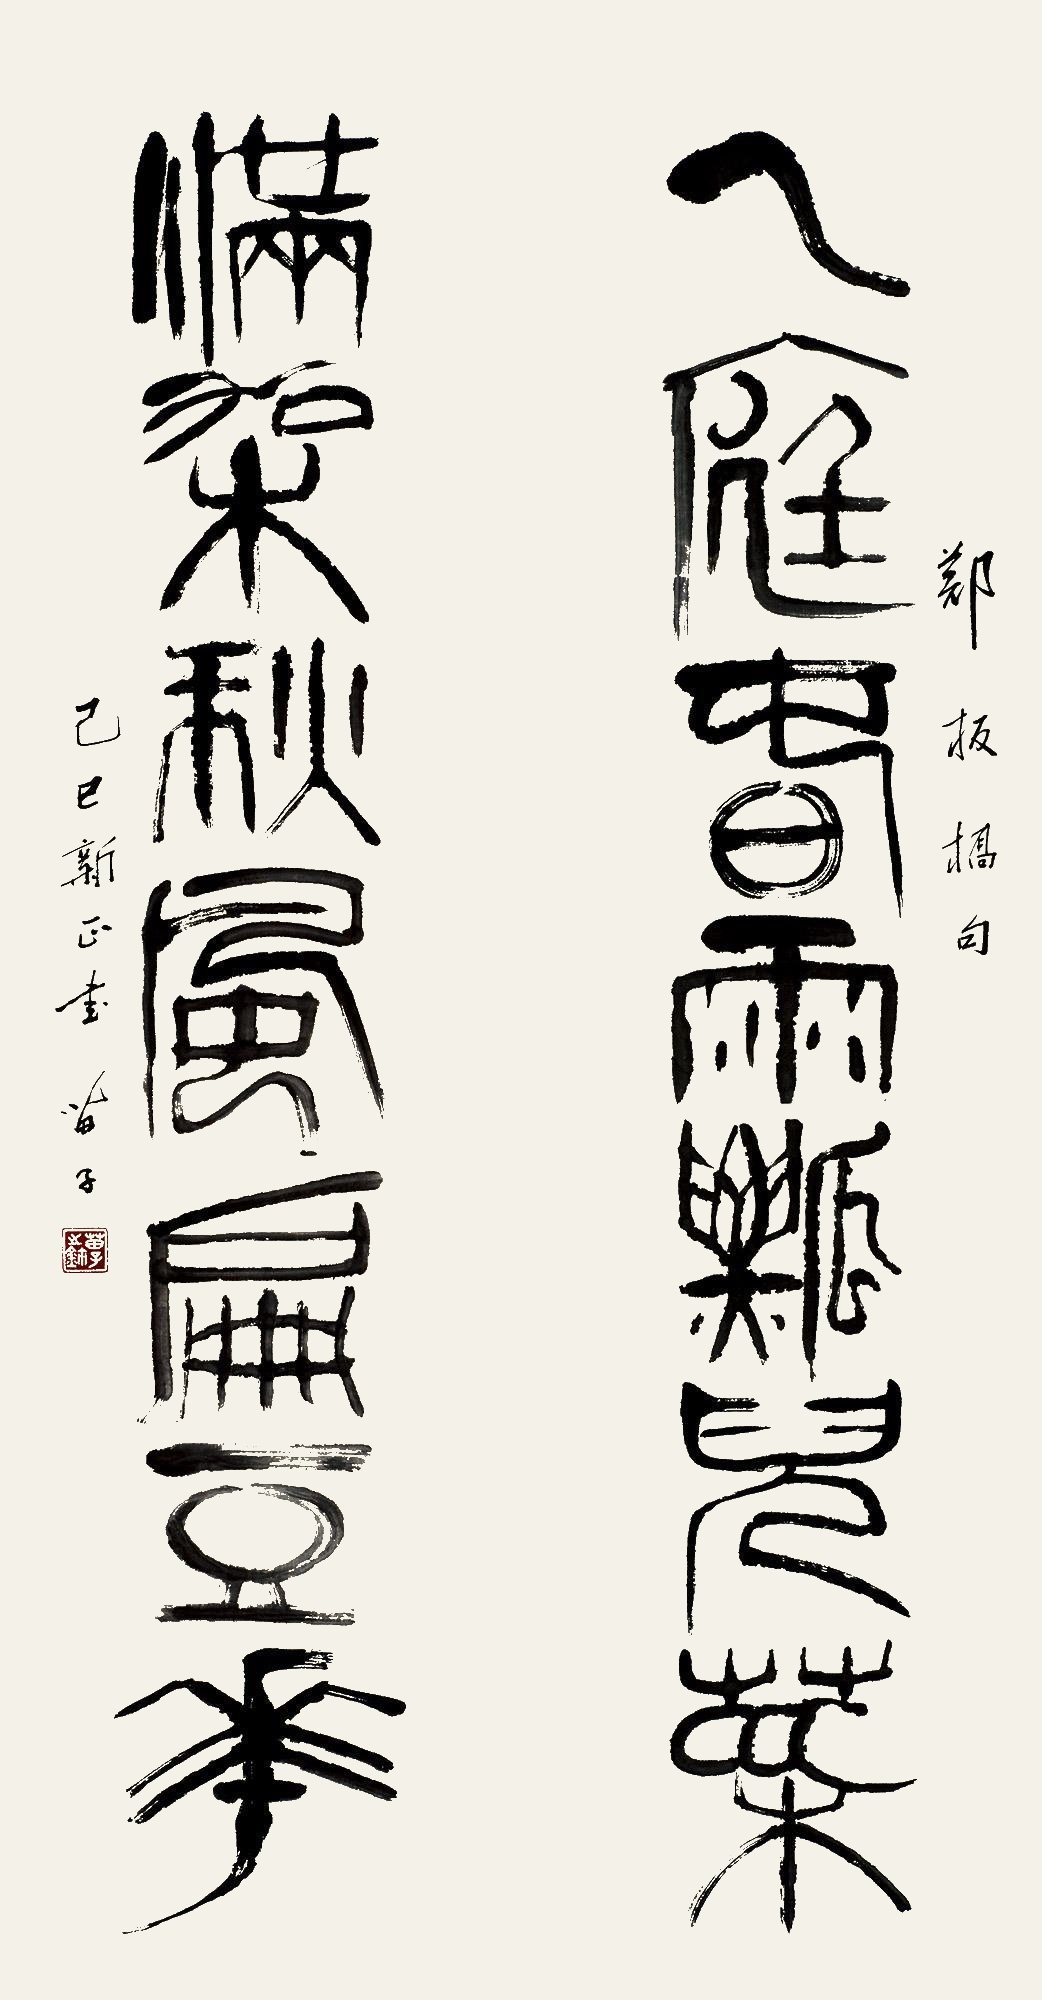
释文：一庭春雨瓢儿菜，满架秋风扁豆花。郑板桥句，己巳（1999年）新正书，苗子。